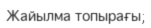
Жайылма топырағы;